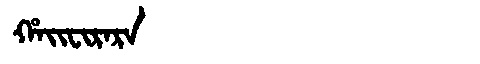
Manchu: ᡥᠠᡳᠸᡳᡵᠠᡵᠠ
Romanization: HAIFIRARA